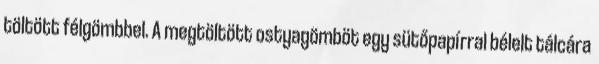
töltött félgömbbel. A megtöltött ostyagömböt egy sütőpapírral bélelt tálcára